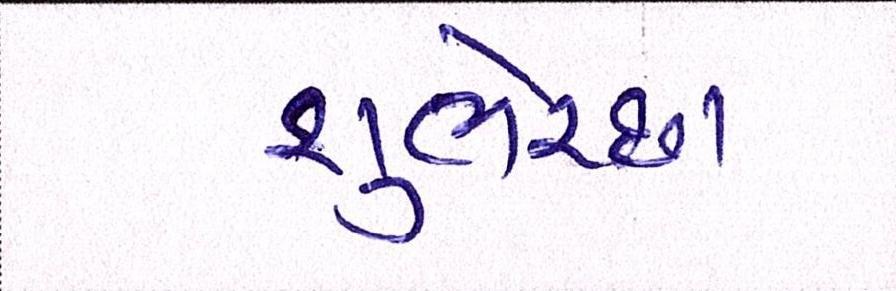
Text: શુભેચ્છા